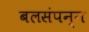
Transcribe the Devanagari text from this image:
बलसंपन्न